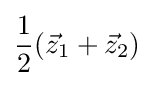
{\frac {1}{2}}({\vec {z}}_{1}+{\vec {z}}_{2})